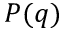
P ( q )